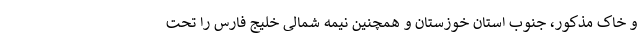
و خاک مذکور، جنوب استان خوزستان و همچنین نیمه شمالی خلیج فارس را تحت